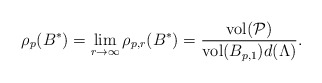
\begin{align*}\rho_p(B^*) =\lim_{r \to \infty} \rho_{p,r}(B^*) = \frac{\mathrm{vol}(\mathcal{P})}{\mathrm{vol}(B_{p,1}) d(\Lambda)}.\end{align*}